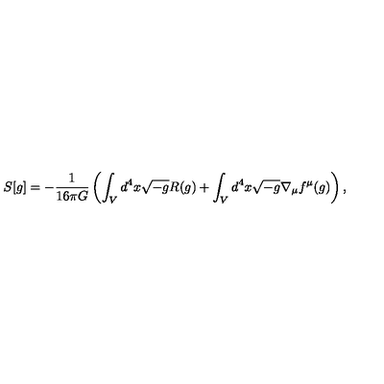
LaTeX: S [ g ] = - \frac { 1 } { 1 6 \pi G } \left( \int _ { V } d ^ { 4 } x \sqrt { - g } R ( g ) + \int _ { V } d ^ { 4 } x \sqrt { - g } \nabla _ { \mu } f ^ { \mu } ( g ) \right) ,